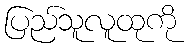
ပြည်သူလူထုကို